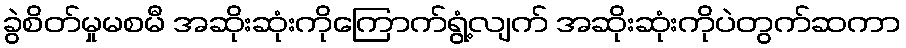
ခွဲစိတ်မှုမစမီ အဆိုးဆုံးကိုကြောက်ရွံ့လျက် အဆိုးဆုံးကိုပဲတွက်ဆကာ